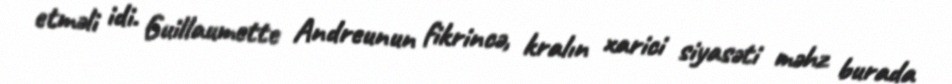
etməli idi. Guillaumette Andreunun fikrincə, kralın xarici siyasəti məhz burada